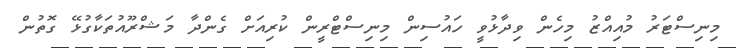
މިނިސްޓަރު މުއިއްޒު މިހެން ވިދާޅުވީ ހައުސިން މިނިސްޓްރީން ކުރިއަށް ގެންދާ މަޝްރޫއުތަކާގުޅޭ ގޮތުން